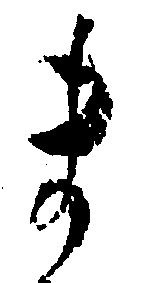
ま